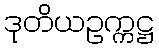
ဒုတိယဥက္ကဋ္ဌ